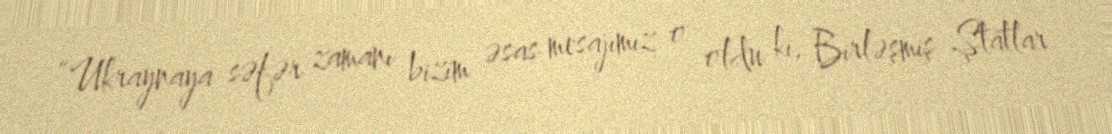
“Ukraynaya səfər zamanı bizim əsas mesajımız o oldu ki, Birləşmiş Ştatlar